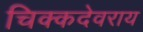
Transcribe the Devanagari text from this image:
चिक्कदेवराय